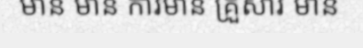
មាន មាន ការមាន គ្រួសារ មាន